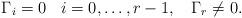
LaTeX: \begin{align*}\Gamma_i&=0\>\>\>\>i=0,\dots,r-1,\>\>\>\>\Gamma_{r}\neq0.\end{align*}